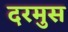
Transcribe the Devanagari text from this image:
दरमुस